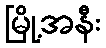
မြို့အနီး